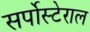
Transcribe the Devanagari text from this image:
सर्पोस्टेराल